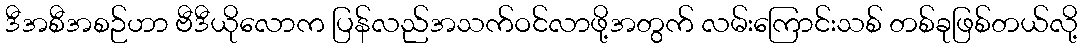
ဒီအစီအစဉ်ဟာ ဗီဒီယိုလောက ပြန်လည်အသက်ဝင်လာဖို့အတွက် လမ်းကြောင်းသစ် တစ်ခုဖြစ်တယ်လို့